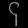
Digit: ၄